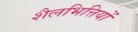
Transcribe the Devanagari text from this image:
शैलभित्तियों